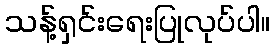
သန့်ရှင်းရေးပြုလုပ်ပါ။